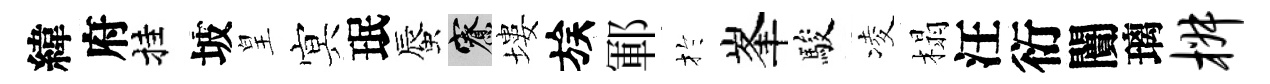
緯府挂坡皇㝠珉蜃寮塿族鄆扵峯駿凌榻汪衍闠璃椒